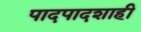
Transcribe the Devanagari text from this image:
पादपादशाही